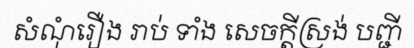
សំណុំរឿង រាប់ ទាំង សេចក្តីស្រង់ បញ្ជី